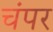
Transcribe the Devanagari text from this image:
चंपर